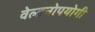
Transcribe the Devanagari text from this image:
वेल्डनोपयोगी